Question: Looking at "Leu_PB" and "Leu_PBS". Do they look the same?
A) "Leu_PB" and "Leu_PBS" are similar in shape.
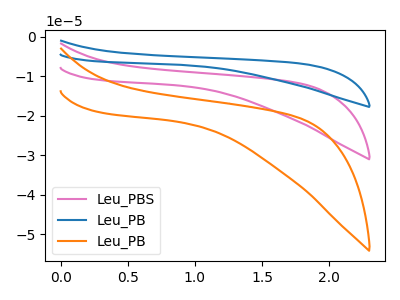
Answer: <think>The pink curve "Leu_PBS" has no peaks. The blue curve "Leu_PB" has no peaks. The orange curve "Leu_PB" has no peaks.
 Neither "Leu_PB" or "Leu_PBS" have any peaks.</think>
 <answer>A) "Leu_PB" and "Leu_PBS" are similar in shape.</answer>
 <eval>A</eval>